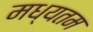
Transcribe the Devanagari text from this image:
मध्यतम